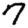
Digit: 7